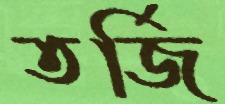
তর্জি